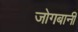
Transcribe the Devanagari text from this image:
जोगबानी